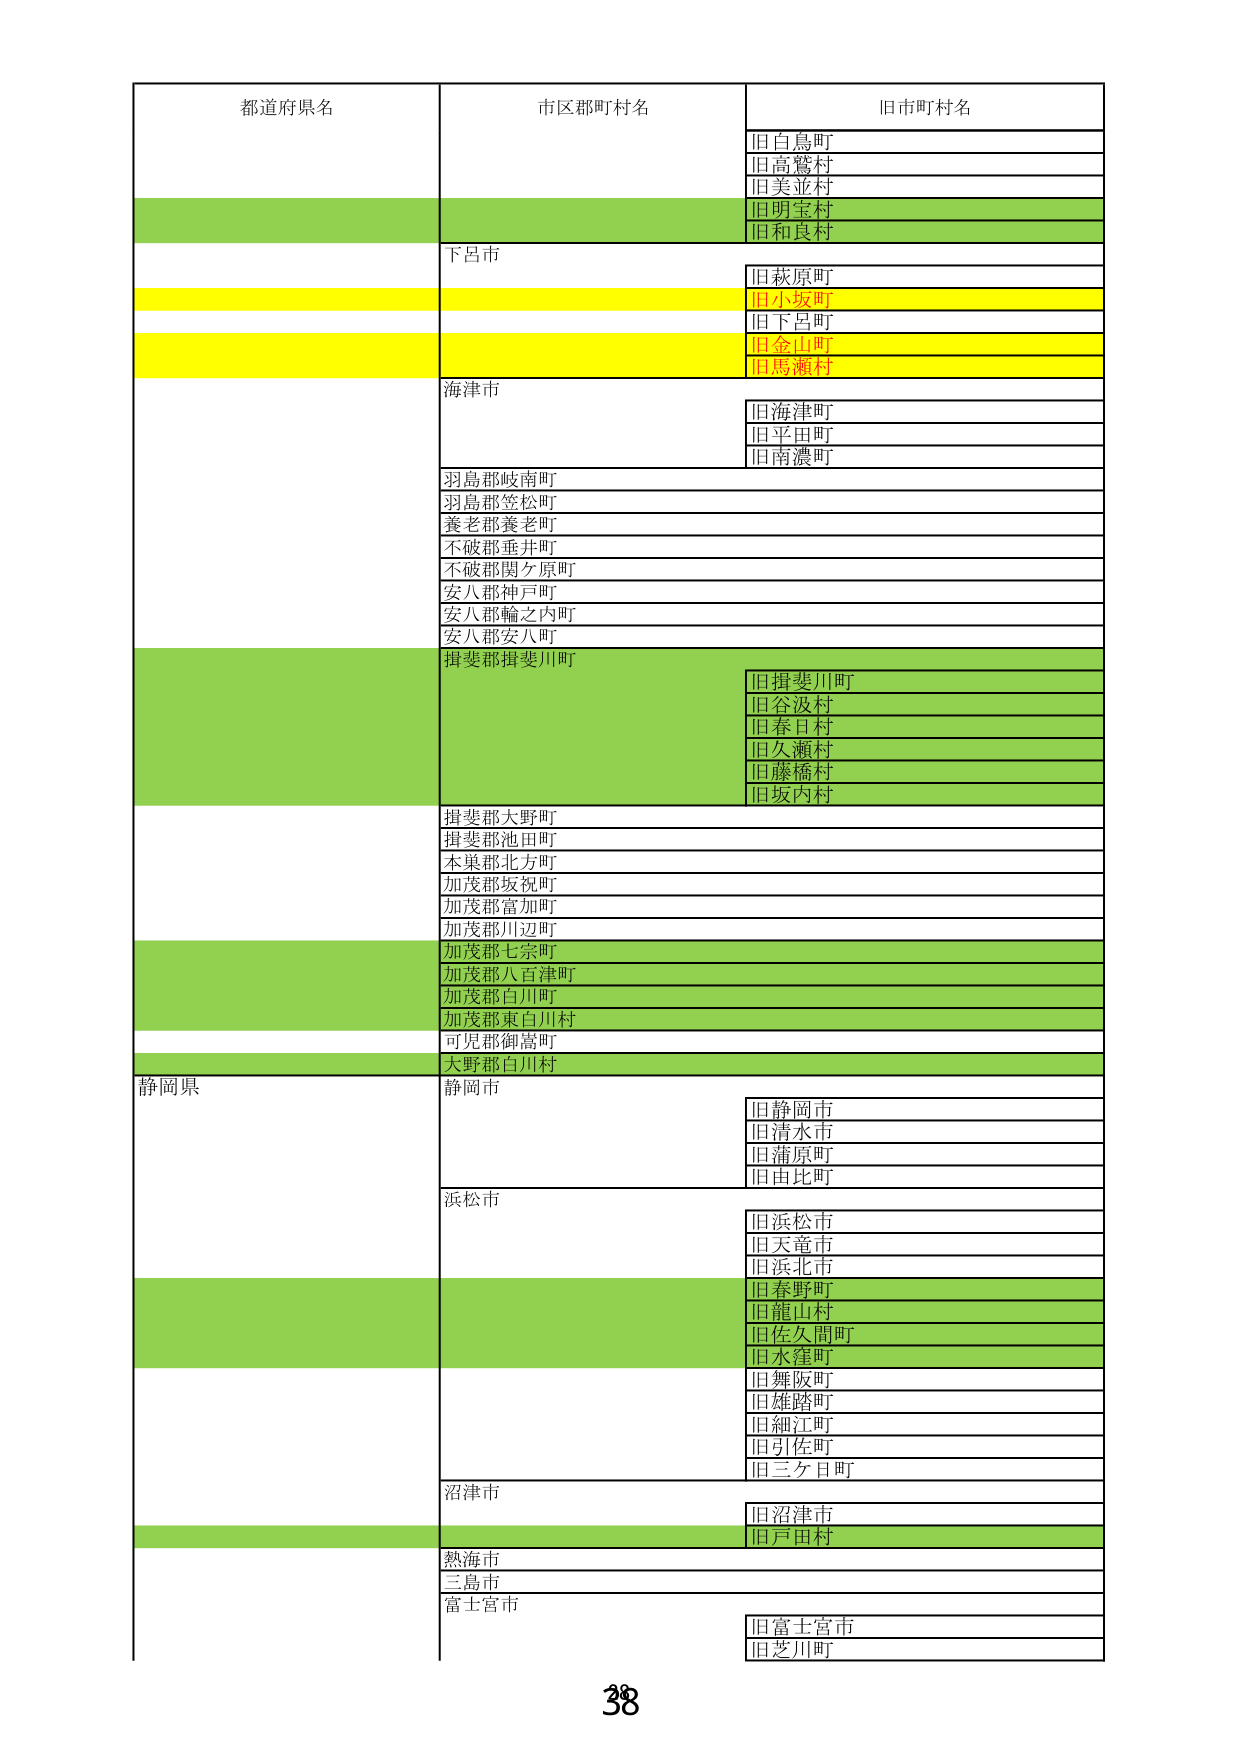
都道府県名
市区郡町村名
旧市町村名
旧白鳥町
旧高鷲村
旧美並村
旧明宝村
旧和良村
下呂市
旧萩原町
旧小坂町
旧下呂町
旧金山町
旧馬瀬村
海津市
旧海津町
旧平田町
旧南濃町
羽島郡岐南町
羽島郡笠松町
養老郡養老町
不破郡垂井町
不破郡関ケ原町
安八郡神戸町
安八郡輪之内町
安八郡安八町
揖斐郡揖斐川町
旧揖斐川町
旧谷汲村
旧春日村
旧久瀬村
旧藤橋村
旧坂内村
揖斐郡大野町
揖斐郡池田町
本巣郡北方町
加茂郡坂祝町
加茂郡富加町
加茂郡川辺町
加茂郡七宗町
加茂郡八百津町
加茂郡白川町
加茂郡東白川村
可児郡御嵩町
大野郡白川村
静岡県
静岡市
旧静岡市
旧清水市
旧蒲原町
旧由比町
浜松市
旧浜松市
旧天竜市
旧浜北市
旧春野町
旧龍山村
旧佐久間町
旧水窪町
旧舞阪町
旧雄踏町
旧細江町
旧引佐町
旧三ケ日町
沼津市
旧沼津市
旧戸田村
熱海市
三島市
富士宮市
旧富士宮市
旧芝川町
38